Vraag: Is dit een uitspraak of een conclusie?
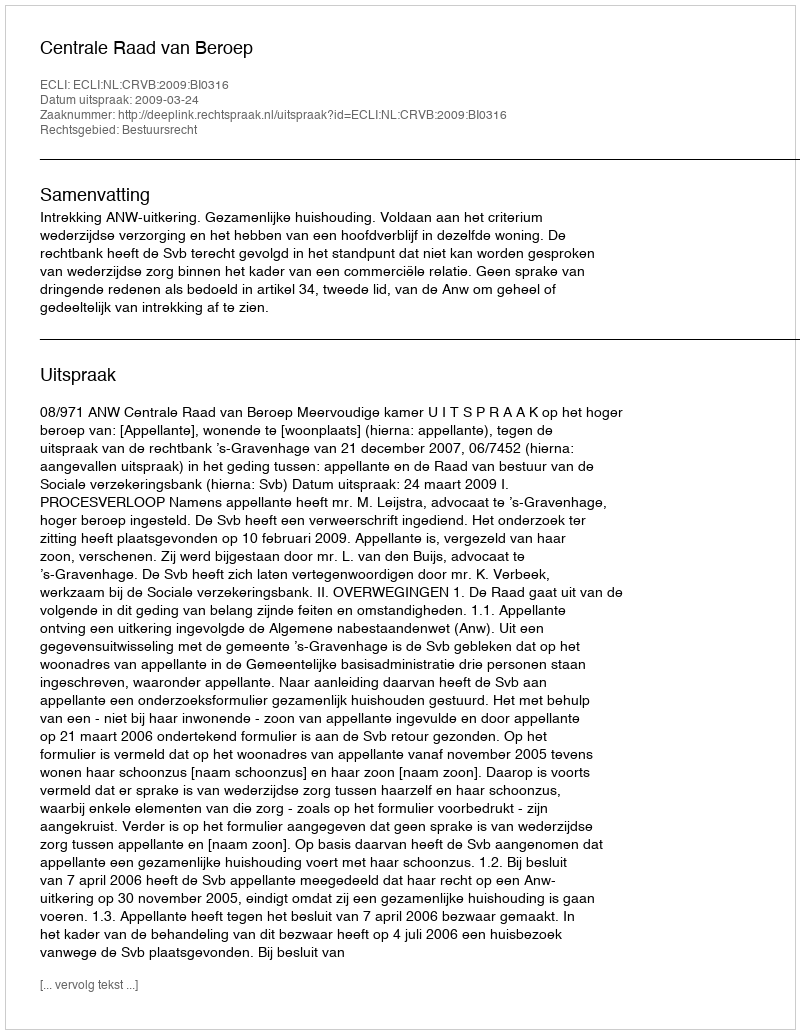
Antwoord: Uitspraak